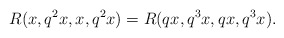
\begin{align*} R(x,q^{2}x,x,q^{2}x)=R(qx,q^{3}x,qx,q^{3}x). \end{align*}